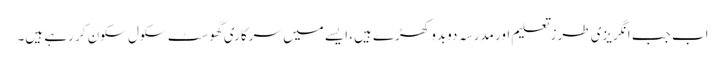
اب جب انگریزی طرزتعلیم اور مدرسہ دوبدو کھڑے ہیں، ایسے میں سرکاری گھوسٹ سکول سکون کر رہے ہیں۔